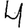
Digit: 4